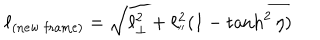
LaTeX: \ell _ { ( \mathrm { n e w \ f r a m e ) } } = \sqrt { \ell _ { \bot } ^ { 2 } + \ell _ { ' ^ { \prime } } ^ { 2 } ( 1 - \tanh ^ { 2 } \eta ) }